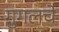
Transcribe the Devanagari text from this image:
गुगलचे